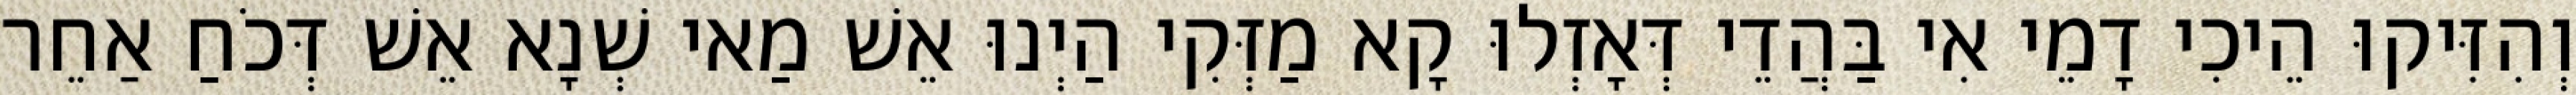
וְהִזִּיקוּ הֵיכִי דָמֵי אִי בַּהֲדֵי דְּאָזְלוּ קָא מַזְּקִי הַיְנוּ אֵשׁ מַאי שְׁנָא אֵשׁ דְּכֹחַ אַחֵר